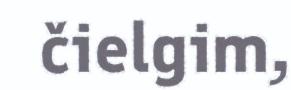
čielgim,